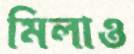
মিলাও